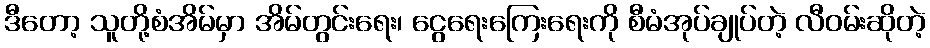
ဒီတော့ သူတို့စံအိမ်မှာ အိမ်တွင်းရေး၊ ငွေရေးကြေးရေးကို စီမံအုပ်ချုပ်တဲ့ လီဝမ်းဆိုတဲ့